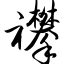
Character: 襻